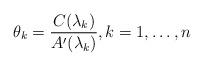
LaTeX: \begin{gather*}\theta_k=\frac{C(\lambda_k)}{A'(\lambda_k)},k=1,\dots,n\end{gather*}